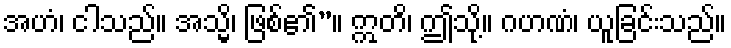
အဟံ၊ ငါသည်။ အသ္မိ၊ ဖြစ်၏”။ ဣတိ၊ ဤသို့။ ဂဟဏံ၊ ယူခြင်းသည်။